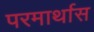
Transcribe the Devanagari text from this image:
परमार्थास